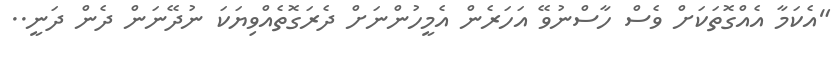
"އެކަމާ އެއްގޮތަކަށް ވެސް ހާސްނުވޭ އަހަރެން އެމީހުންނަށް ދެރަގޮތެއްވިޔަކަ ނުދޭނަން ދެން ދަނީ..